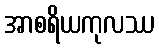
အာစရိယကုလဿ